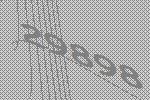
29898